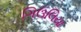
ગિઉલિયા